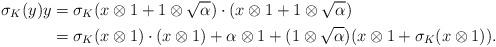
LaTeX: \begin{align*} \sigma_K(y)y&=\sigma_K(x\otimes1+1\otimes\sqrt{\alpha})\cdot(x\otimes1+1\otimes\sqrt{\alpha})\\ &=\sigma_K(x\otimes1)\cdot(x\otimes1)+\alpha\otimes1+(1\otimes\sqrt{\alpha})(x\otimes1+\sigma_K(x\otimes1)).\end{align*}